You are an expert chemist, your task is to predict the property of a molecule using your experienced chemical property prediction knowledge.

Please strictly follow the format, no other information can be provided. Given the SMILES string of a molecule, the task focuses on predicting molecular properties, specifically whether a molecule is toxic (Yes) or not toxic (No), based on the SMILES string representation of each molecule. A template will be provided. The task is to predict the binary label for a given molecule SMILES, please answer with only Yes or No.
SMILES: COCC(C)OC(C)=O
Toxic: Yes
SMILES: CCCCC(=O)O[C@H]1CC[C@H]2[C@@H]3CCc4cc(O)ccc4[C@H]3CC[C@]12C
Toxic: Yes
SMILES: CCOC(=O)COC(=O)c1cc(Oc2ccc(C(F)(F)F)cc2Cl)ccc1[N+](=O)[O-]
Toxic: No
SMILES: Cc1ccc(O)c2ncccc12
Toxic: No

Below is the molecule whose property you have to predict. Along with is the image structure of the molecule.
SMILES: Cc1cc(=O)oc2cc(N(C)C)ccc12
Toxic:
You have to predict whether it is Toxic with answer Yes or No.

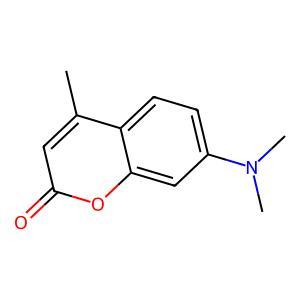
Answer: No